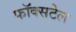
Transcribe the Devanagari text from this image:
फॉक्‍सटेल